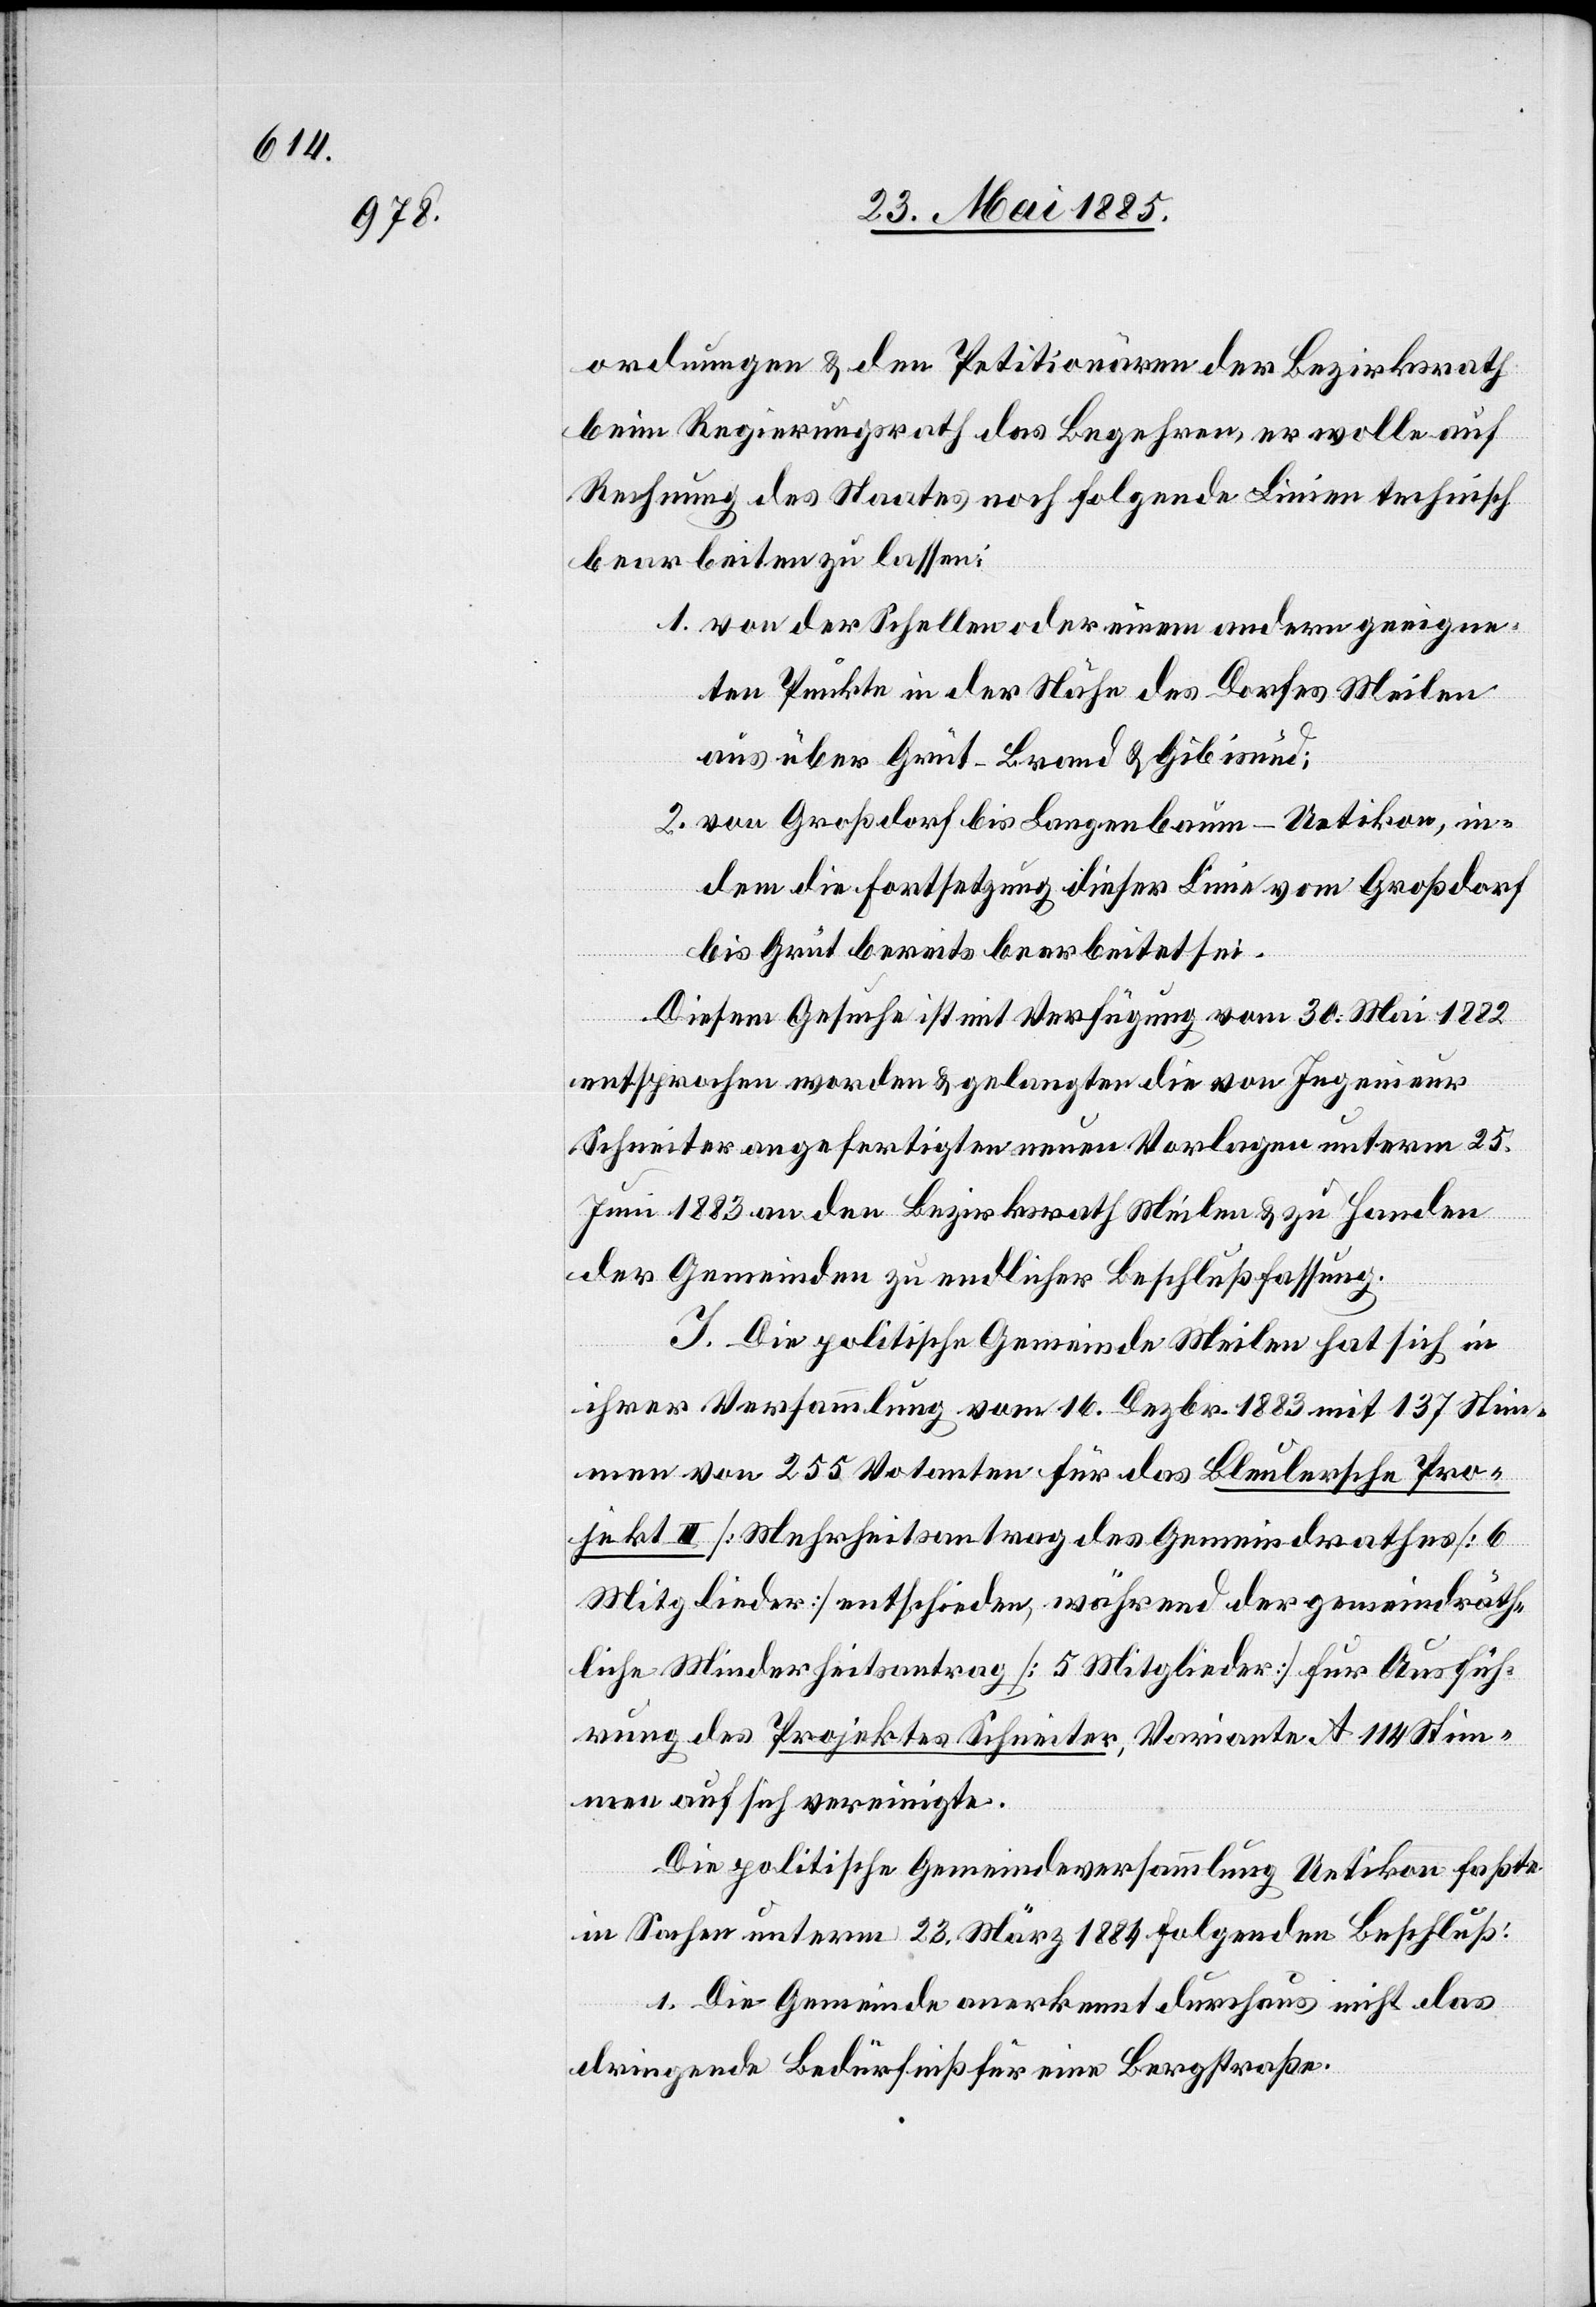
ordnungen & den Petitionären der Bezirksrath
beim Regierungsrath das Begehren, er wolle auf
Rechnung des Staates noch folgende Linien technisch
bearbeiten zu lassen:
1. von der Schellen oder einem andern geeigne¬
ten Punkte in der Höhe des Dorfes Meilen
aus über Grüt–Brand & Gibisnüd;
2. von Großdorf bis Langenbaum–Uetikon, in¬
dem die Fortsetzung dieser Linie vom Großdorf
bis Grüt bereits bearbeitet sei.
Diesem Gesuche ist mit Verfügung vom 30. Mai 1882
entsprochen worden & gelangten die von Ingenieur
Schneiter angefertigten neuen Vorlagen unterm 25.
Juni 1883 an den Bezirksrath Meilen & zu Handen
der Gemeinden zu endlicher Beschlußfassung.
J. Die politische Gemeinde Meilen hat sich in
ihrer Versammlung vom 16. Dezbr. 1883 mit 137 Stim¬
men von 255 Votanten für das Bleulersche Pro¬
jekt III [Mehrheitsantrag des Gemeindrathes; 6
Mitglieder] entschieden, während der gemeindräth¬
liche Minderheitsantrag [5 Mitglieder] für Ausfüh¬
rung des Projektes Schneiter, Variante A 114 Stim¬
men auf sich vereinigte.
Die politische Gemeindeversammlung Uetikon faßte
in Sachen unterm 23. März 1884 folgenden Beschluß:
1. Die Gemeinde anerkennt durchaus nicht das
dringende Bedürfniß für eine Bergstraße.